Vaccination in Bombay 1874-1876 - 1874-1876
Year: 1874
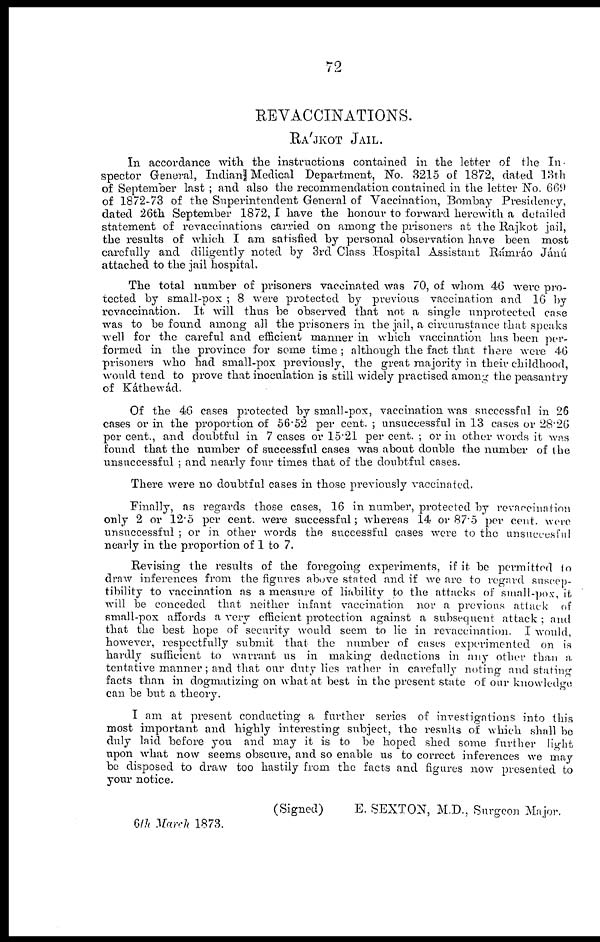
72
REVACCINATIONS.
RÁJKOT JAIL.
In accordance with the instructions contained in the letter of the In-
spector General, Indian Medical Department, No. 3215 of 1872, dated 13th
of September last ; and also the recommendation contained in the letter No. 669
of 1872-73 of the Superintendent General of Vaccination, Bombay Presidency,
dated 26th September 1872, I have the honour to forward herewith a detailed
statement of revaccinations carried on among the prisoners at the Rajkot jail,
the results of which I am satisfied by personal observation have been most
carefully and diligently noted by 3rd Class Hospital Assistant Rámráo Jánú
attached to the jail hospital.
The total number of prisoners vaccinated was 70, of whom 46 were pro-
tected by small-pox ; 8 were protected by previous vaccination and 16 by
revaccination. It will thus be observed that not a single unprotected case
was to be found among all the prisoners in the jail, a circumstance that speaks
well for the careful and efficient manner in which vaccination has been per-
formed in the province for some time ; although the fact that there were 46
prisoners who had small-pox previously, the great majority in their childhood,
would tend to prove that inoculation is still widely practised among the peasantry
of Káthewád.
Of the 46 cases protected by small-pox, vaccination was successful in 26
cases or in the proportion of 56.52 per cent. ; unsuccessful in 13 cases or 28.26
per cent., and doubtful in 7 cases or 15.21 per cent. ; or in other words it was
found that the number of successful cases was about double the number of the
unsuccessful ; and nearly four times that of the doubtful cases.
There were no doubtful cases in those previously vaccinated.
Finally, as regards those cases, 16 in number, protected by revaccination
only 2 or 12.5 per cent. were successful; whereas 14 or 87.5 per cent. were
unsuccessful ; or in other words the successful cases were to the unsuccesful
nearly in the proportion of 1 to 7.
Revising the results of the foregoing experiments, if it be permitted to
draw inferences from the figures above stated and if we are to regard suscep-
tibility to vaccination as a measure of liability to the attacks of small-pox, it
will be conceded that neither infant vaccination nor a previous attack of
small-pox affords a very efficient protection against a subsequent attack ; and
that the best hope of security would seem to lie in revaccination. I would,
however, respectfully submit that the number of cases experimented on is
hardly sufficient to warrant us in making deductions in any other than a
tentative manner ; and that our duty lies rather in carefully noting and stating
facts than in dogmatizing on what at best in the present state of our knowledge
can be but a theory.
I am at present conducting a further series of investigations into this
most important and highly interesting subject, the results of which shall be
duly laid before you and may it is to be hoped shed some further light
upon what now seems obscure, and so enable us to correct inferences we may
be disposed to draw too hastily from the facts and figures now presented to
your notice.
(Signed)
E. SEXTON, M.D., Surgeon Major.
6th March 1873.